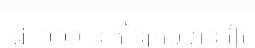
ជា ១០០ នាក់នៃក្រុមហ៊ុនវៀរ៍